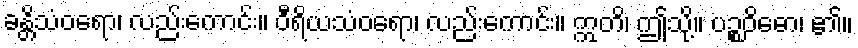
ခန္တိသံဝရော၊ လည်းကောင်း။ ဝီရိယသံဝရော၊ လည်းကောင်း။ ဣတိ၊ ဤသို့။ ပဉ္စဝိဓော၊ ၏။